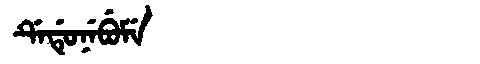
Manchu: ᡩᡝᡩᡠᠨᡝᠪᡠᠮᡝ
Romanization: DEDUNEBUME